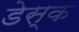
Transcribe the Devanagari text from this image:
डेस्‍क